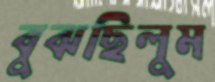
বুঝছিলুম